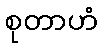
စုတာဟံ